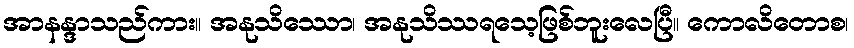
အာနန္ဒာသည်ကား။ အနုသိဿော၊ အနုသိဿရသေ့ဖြစ်ဘူးလေပြီ။ ကောလိတောစ၊